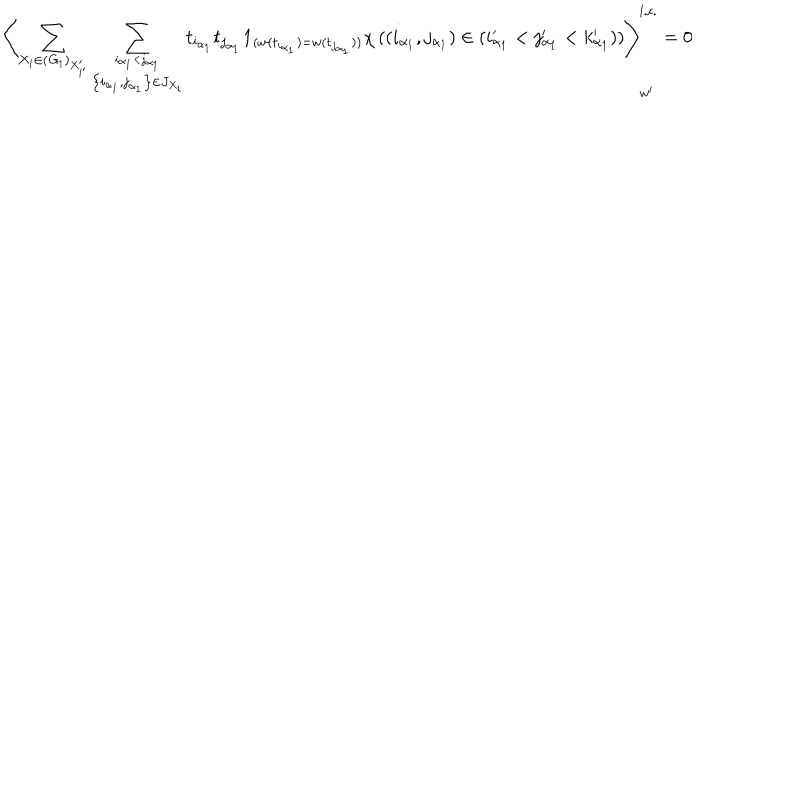
\left\langle \sum _ { X _ { i } \in ( { \it G } _ { 1 } ) _ { X _ { i ^ { \prime } } ^ { \prime } } } \sum _ { \stackrel { i _ { \alpha _ { 1 } } < j _ { \alpha _ { 1 } } } { \left\{ i _ { \alpha _ { 1 } } , j _ { \alpha _ { 1 } } \right\} \in J _ { X _ { i } } } } t _ { i _ { \alpha _ { 1 } } } t _ { j _ { \alpha _ { 1 } } } { \bf 1 } _ { ( w ( t _ { i _ { \alpha _ { 1 } } } ) = w ( t _ { j _ { \alpha _ { 1 } } } ) ) } \chi \left( \left( i _ { \alpha _ { 1 } } , j _ { \alpha _ { 1 } } \right) \in \left( i _ { \alpha _ { 1 } } ^ { \prime } < j _ { \alpha _ { 1 } } ^ { \prime } < k _ { \alpha _ { 1 } } ^ { \prime } \right) \right) \right\rangle _ { w ^ { \prime } } ^ { l . c . } = 0